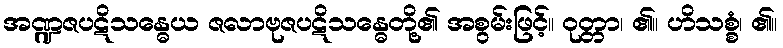
အဏ္ဍဇပဋိသန္ဓေယ ဇလာဗုဇပဋိသန္ဓေတို့၏ အစွမ်းဖြင့်။ ဝုတ္တာ၊ ၏။ ဟိသစ္စံ၊ ၏။